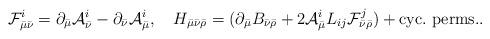
LaTeX: \begin{align*}{\cal F}^i_{\bar{\mu}\bar{\nu}}=\partial_{\bar{\mu}}{\cal A}^i_{\bar{\nu}}-\partial_{\bar{\nu}}{\cal A}^i_{\bar{\mu}}, \ \ \ H_{\bar{\mu}\bar{\nu}\bar{\rho}}=(\partial_{\bar{\mu}}B_{\bar{\nu}\bar{\rho}}+2{\cal A}^i_{\bar{\mu}}L_{ij}{\cal F}^j_{\bar{\nu}\bar{\rho}}) + {\rm cyc.\ perms.}. \end{align*}